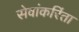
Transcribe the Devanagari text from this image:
सेवांकरिंता